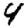
Digit: 4